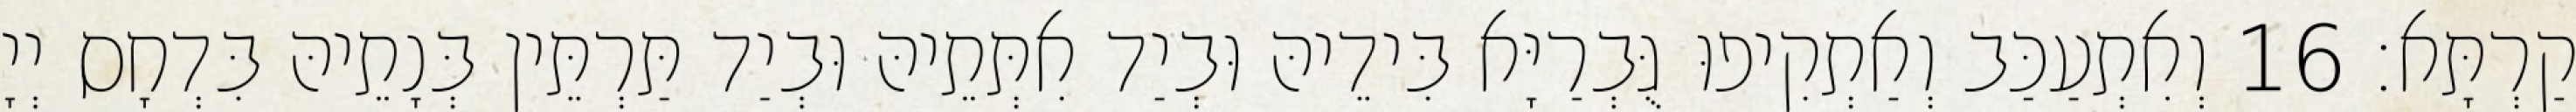
קַרְתָּא׃ 16 וְאִתְעַכַּב וְאַתְקִיפוּ גֻּבְרַיָּא בִּידֵיהּ וּבְיַד אִתְּתֵיהּ וּבְיַד תַּרְתֵּין בְּנָתֵיהּ בִּדְחָס יְיָ